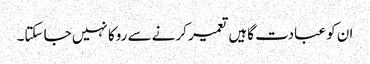
ان کو عبادت گاہیں تعمیر کرنے سے روکا نہیں جا سکتا۔